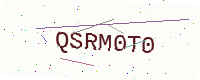
Text: QSRM0T0